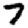
Digit: 7